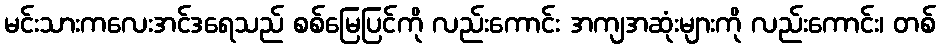
မင်းသားကလေးအင်ဒရေသည် စစ်မြေပြင်ကို လည်းကောင်း အကျအဆုံးများကို လည်းကောင်း၊ တစ်